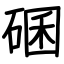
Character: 碅